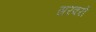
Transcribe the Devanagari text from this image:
सरवरों